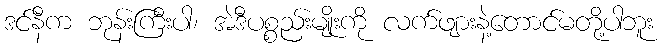
ဒင်နီက ဘုန်းကြီးပါ၊ အဲဒီပစ္စည်းမျိုးကို လက်ဖျားနဲ့တောင်မတို့ပါဘူး